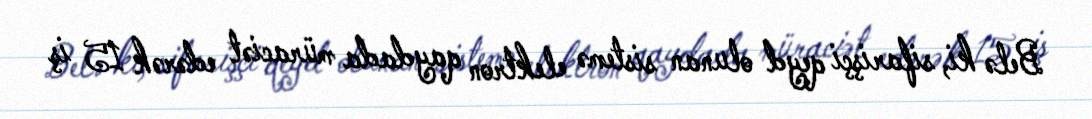
Belə ki, sifarişçi qeyd olunan sistemə elektron qaydada müraciət edərək 15 iş